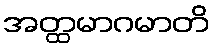
အတ္ထမာဂမာတိ